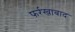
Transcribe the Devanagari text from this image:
फर्रखाबाद